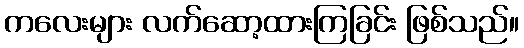
ကလေးများ လက်ဆော့ထားကြခြင်း ဖြစ်သည်။